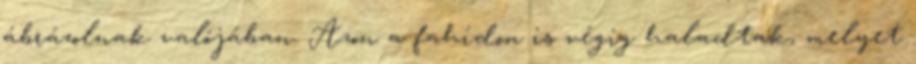
ábrázolnak valójában. Azon a fahídon is végig haladtak, melyet